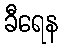
ခီရေန